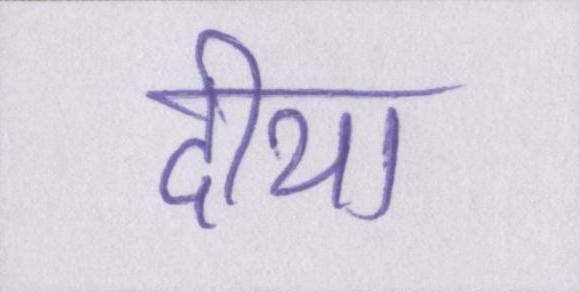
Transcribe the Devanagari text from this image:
दीया